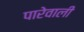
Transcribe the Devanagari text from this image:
पारेवाली